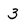
Character: 3